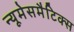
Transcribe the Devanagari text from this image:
न्यूमेसमैटिक्स